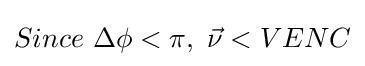
Since\ \Delta \phi <\pi ,\ {\vec {\nu }}<VENC